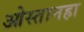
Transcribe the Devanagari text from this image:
ओस्तानहा